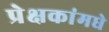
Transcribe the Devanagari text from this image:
प्रेक्षकांमधे